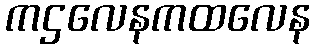
ကဌလေနကထလေန